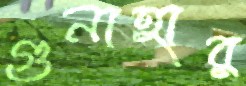
গুনাহার